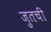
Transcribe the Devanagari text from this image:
ज़ुतची